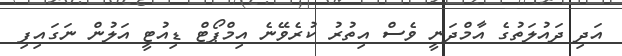
އަދި ދައުލަތުގެ އާމްދަނީ ވެސް އިތުރު ކުރެވޭނެ އިމްޕޯޓް ޑިއުޓީ އަލުން ނަގައިފި